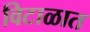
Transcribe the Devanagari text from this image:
विटाळात